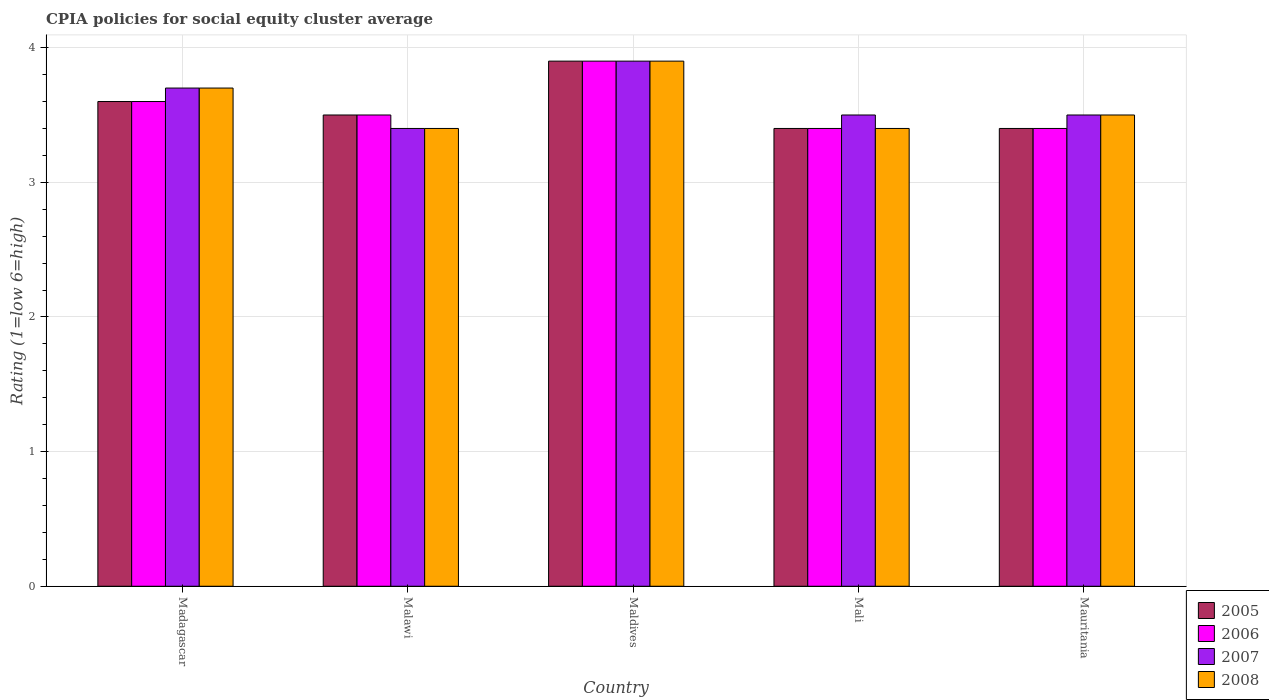
| Country | 2005 | 2006 | 2007 | 2008 |
 | --- | --- | --- | --- | --- |
 | Madagascar | 3.6 | 3.6 | 3.7 | 3.7 |
 | Malawi | 3.5 | 3.5 | 3.4 | 3.4 |
 | Maldives | 3.9 | 3.9 | 3.9 | 3.9 |
 | Mali | 3.4 | 3.4 | 3.5 | 3.4 |
 | Mauritania | 3.4 | 3.4 | 3.5 | 3.5 |